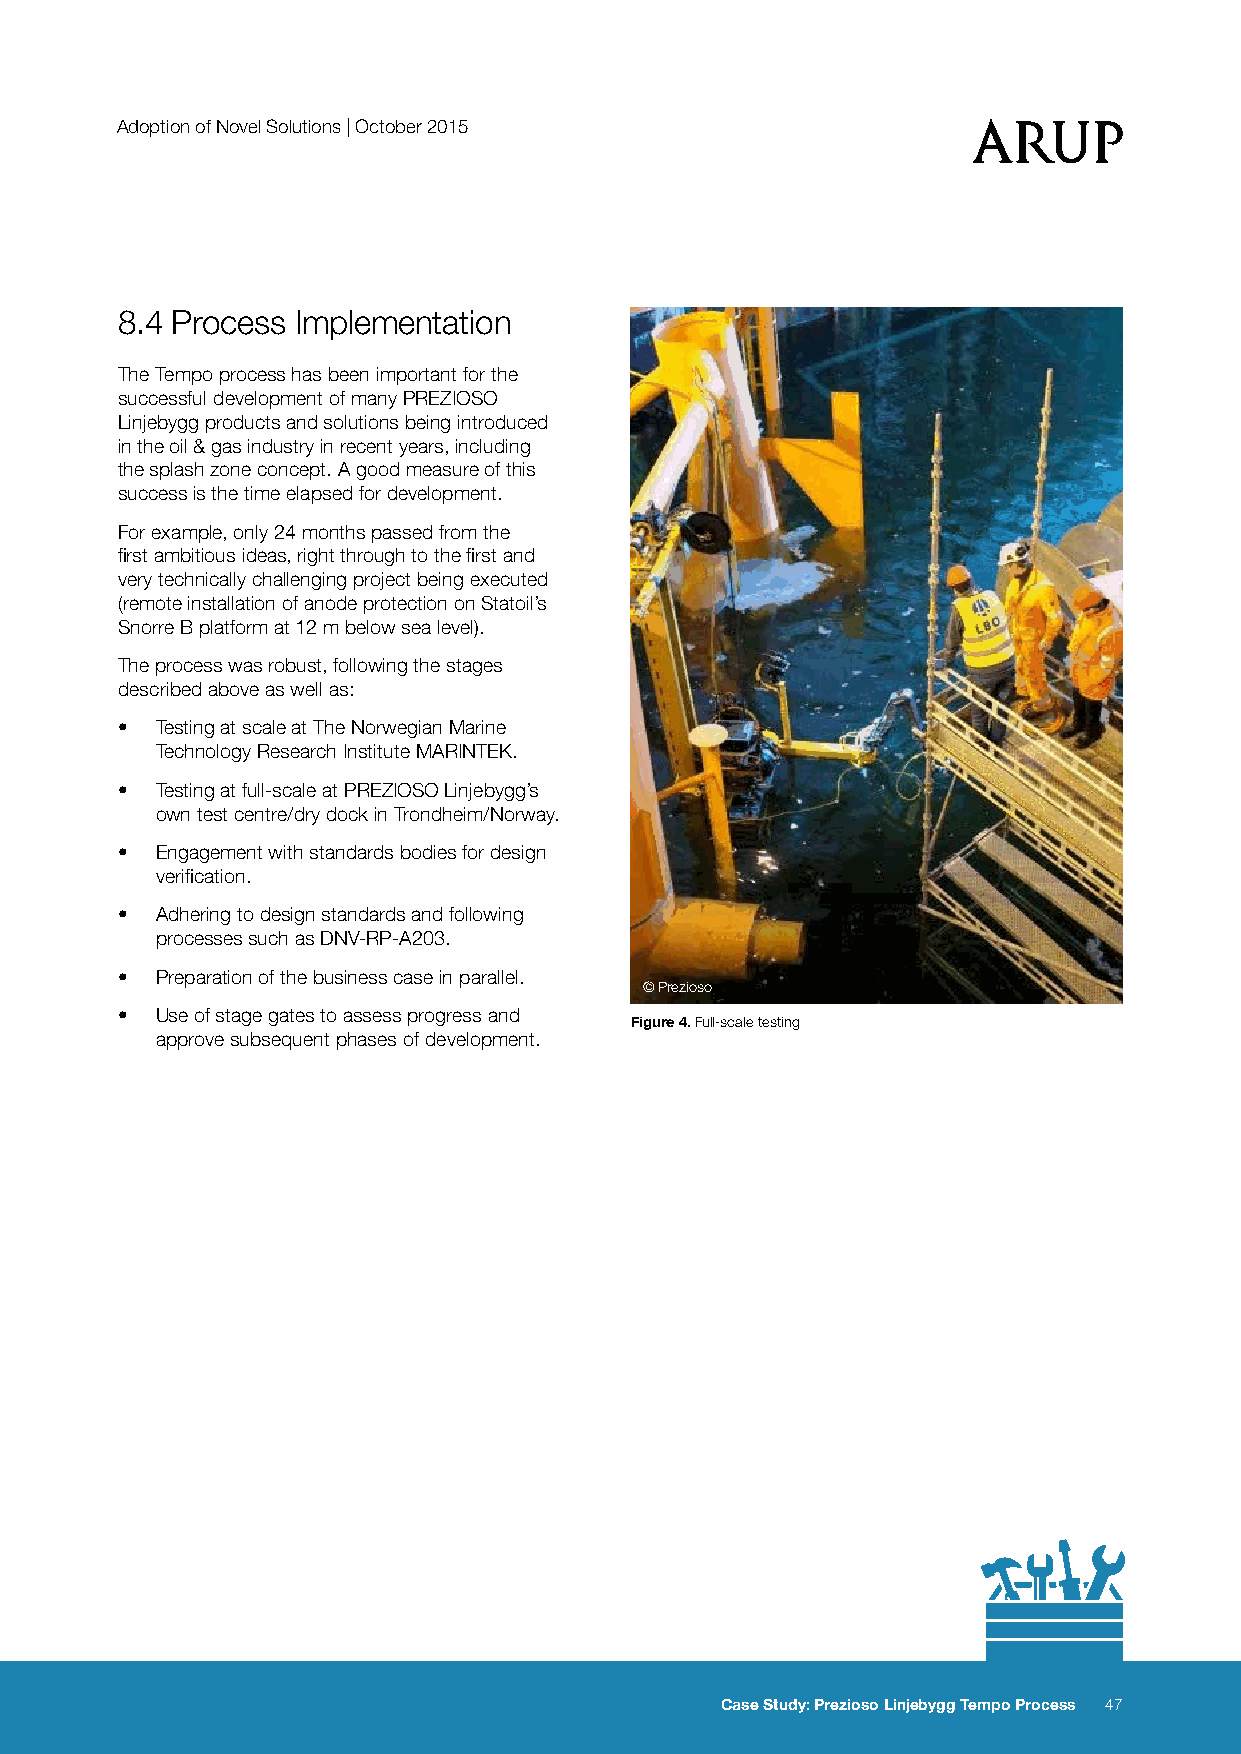
Adoption of Novel Solutions | October 2015
 8.4 Process Implementation
 The Tempo process has been important for the
 successful development of many PREZIOSO
 Linjebygg products and solutions being introduced
 in the oil & gas industry in recent years, including
 the splash zone concept. A good measure of this
 success is the time elapsed for development.
 For example, only 24 months passed from the
 first ambitious ideas, right through to the first and
 very technically challenging project being executed
 (remote installation of anode protection on Statoil’s
 Snorre B platform at 12 m below sea level).
 The process was robust, following the stages
 described above as well as:
 • Testing at scale at The Norwegian Marine
 Technology Research Institute MARINTEK.
 • Testing at full-scale at PREZIOSO Linjebygg’s
 own test centre/dry dock in Trondheim/Norway.
 • Engagement with standards bodies for design
 verification.
 • Adhering to design standards and following
 processes such as DNV-RP-A203.
 • Preparation of the business case in parallel.
 © Prezioso
 • Use of stage gates to assess progress and
 Figure 4. Full-scale testing
 approve subsequent phases of development.
 Case Study: Prezioso Linjebygg Tempo Process 47